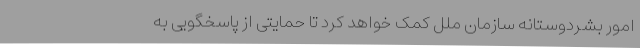
امور بشردوستانه سازمان ملل کمک خواهد کرد تا حمایتی از پاسخگویی به